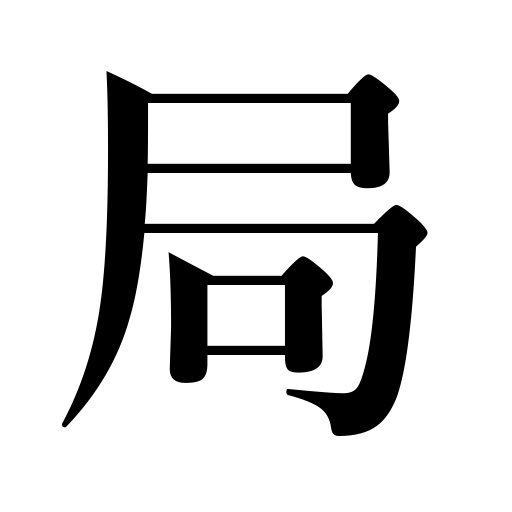
Meanings: post office,bureau,affair,duty,board,conclusion,office,situation,central